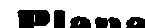
Plana.